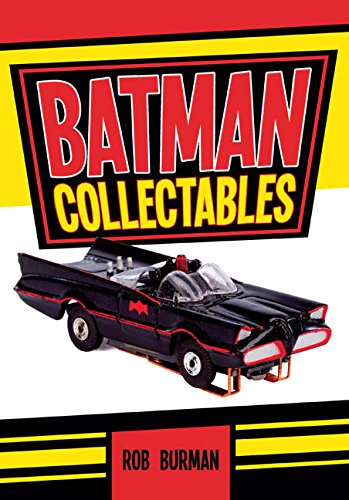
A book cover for Batman Collectables; Rob Burman; Crafts, Hobbies & Home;